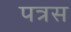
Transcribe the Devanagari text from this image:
पत्रस